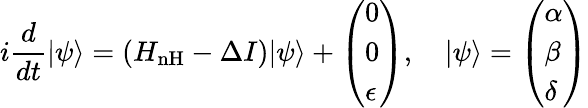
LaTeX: i\frac{d}{dt}|\psi\rangle=\left(H_{\mathrm{{nH}}}-\Delta I\right)|\psi\rangle+\left(\begin{array}{l}{0}\\ {0}\\ {\epsilon}\end{array}\right),\quad|\psi\rangle=\left(\begin{array}{l}{\alpha}\\ {\beta}\\ {\delta}\end{array}\right)